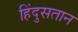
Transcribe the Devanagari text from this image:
हिंदुसतान